Report on sanitation, dispensaries, and jails in Rajputana for 1915, and on vaccination for the year 1915-1916 - 1915-1916
Year: 1915
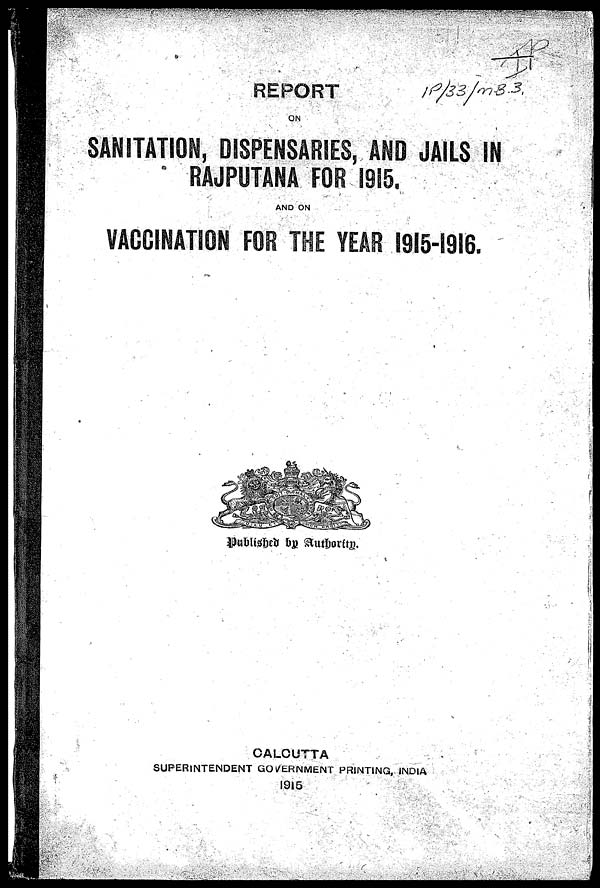
REPORT
ON
SANITATION, DISPENSARIES, AND JAILS IN
RAJPUTANA FOR 1915.
AND ON
VACCINATION FOR THE YEAR 1915-1916.
Published by Authority.
CALCUTTA
SUPERINTENDENT GOVERNMENT PRINTING, INDIA
1915